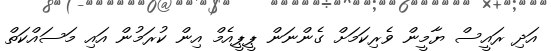
އަދި ރައީސް ޔާމީން ވެރިކަމަށް ގެންނަން ޕީޕީއެމް އިން ކުރަމުން އައި މަސައްކަތް